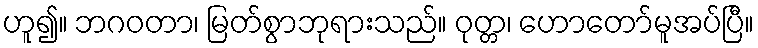
ဟူ၍။ ဘဂဝတာ၊ မြတ်စွာဘုရားသည်။ ဝုတ္တ၊ ဟောတော်မူအပ်ပြီ။